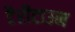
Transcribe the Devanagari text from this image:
टैरीटाउन